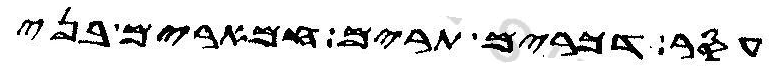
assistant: עסר דכרים תרים חמארים בני